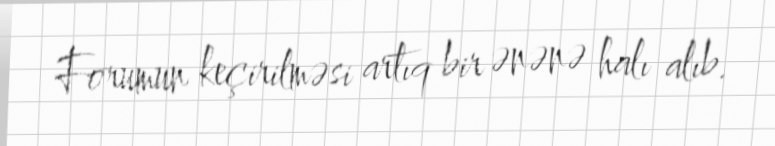
Forumun keçirilməsi artıq bir ənənə halı alıb.